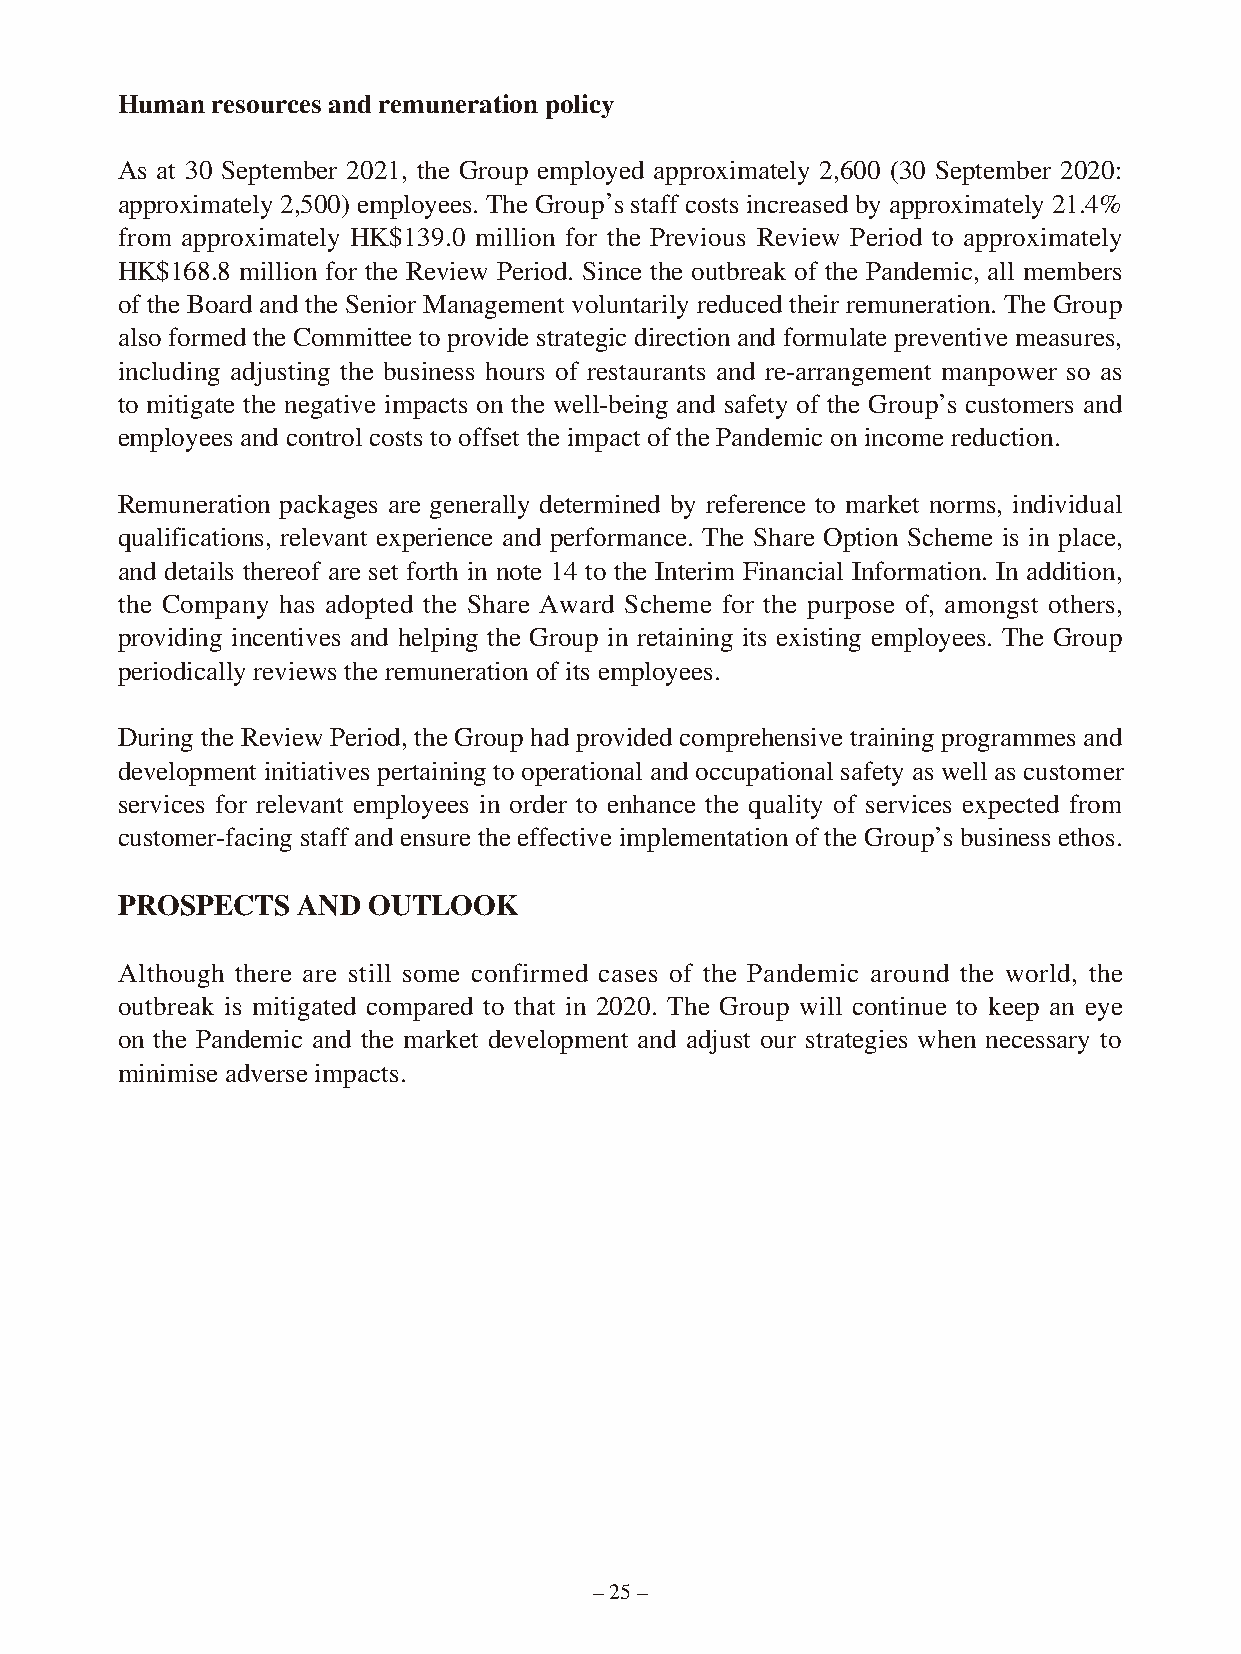
Human resources and remuneration policy
 As at 30 September 2021, the Group employed approximately 2,600 (30 September 2020:
 approximately 2,500) employees. The Group’s staff costs increased by approximately 21.4%
 from approximately HK$139.0 million for the Previous Review Period to approximately
 HK$168.8 million for the Review Period. Since the outbreak of the Pandemic, all members
 of the Board and the Senior Management voluntarily reduced their remuneration. The Group
 also formed the Committee to provide strategic direction and formulate preventive measures,
 including adjusting the business hours of restaurants and re-arrangement manpower so as
 to mitigate the negative impacts on the well-being and safety of the Group’s customers and
 employees and control costs to offset the impact of the Pandemic on income reduction.
 Remuneration packages are generally determined by reference to market norms, individual
 qualifications, relevant experience and performance. The Share Option Scheme is in place,
 and details thereof are set forth in note 14 to the Interim Financial Information. In addition,
 the Company has adopted the Share Award Scheme for the purpose of, amongst others,
 providing incentives and helping the Group in retaining its existing employees. The Group
 periodically reviews the remuneration of its employees.
 During the Review Period, the Group had provided comprehensive training programmes and
 development initiatives pertaining to operational and occupational safety as well as customer
 services for relevant employees in order to enhance the quality of services expected from
 customer-facing staff and ensure the effective implementation of the Group’s business ethos.
 PROSPECTS   AND OUTLOOK
 Although there are still some confirmed cases of the Pandemic around the world, the
 outbreak is mitigated compared to that in 2020. The Group will continue to keep an eye
 on the Pandemic and the market development and adjust our strategies when necessary to
 minimise adverse impacts.
 – 25 –